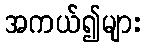
အကယ်၍များ